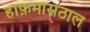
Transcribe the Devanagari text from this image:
हाफ़मासठाल